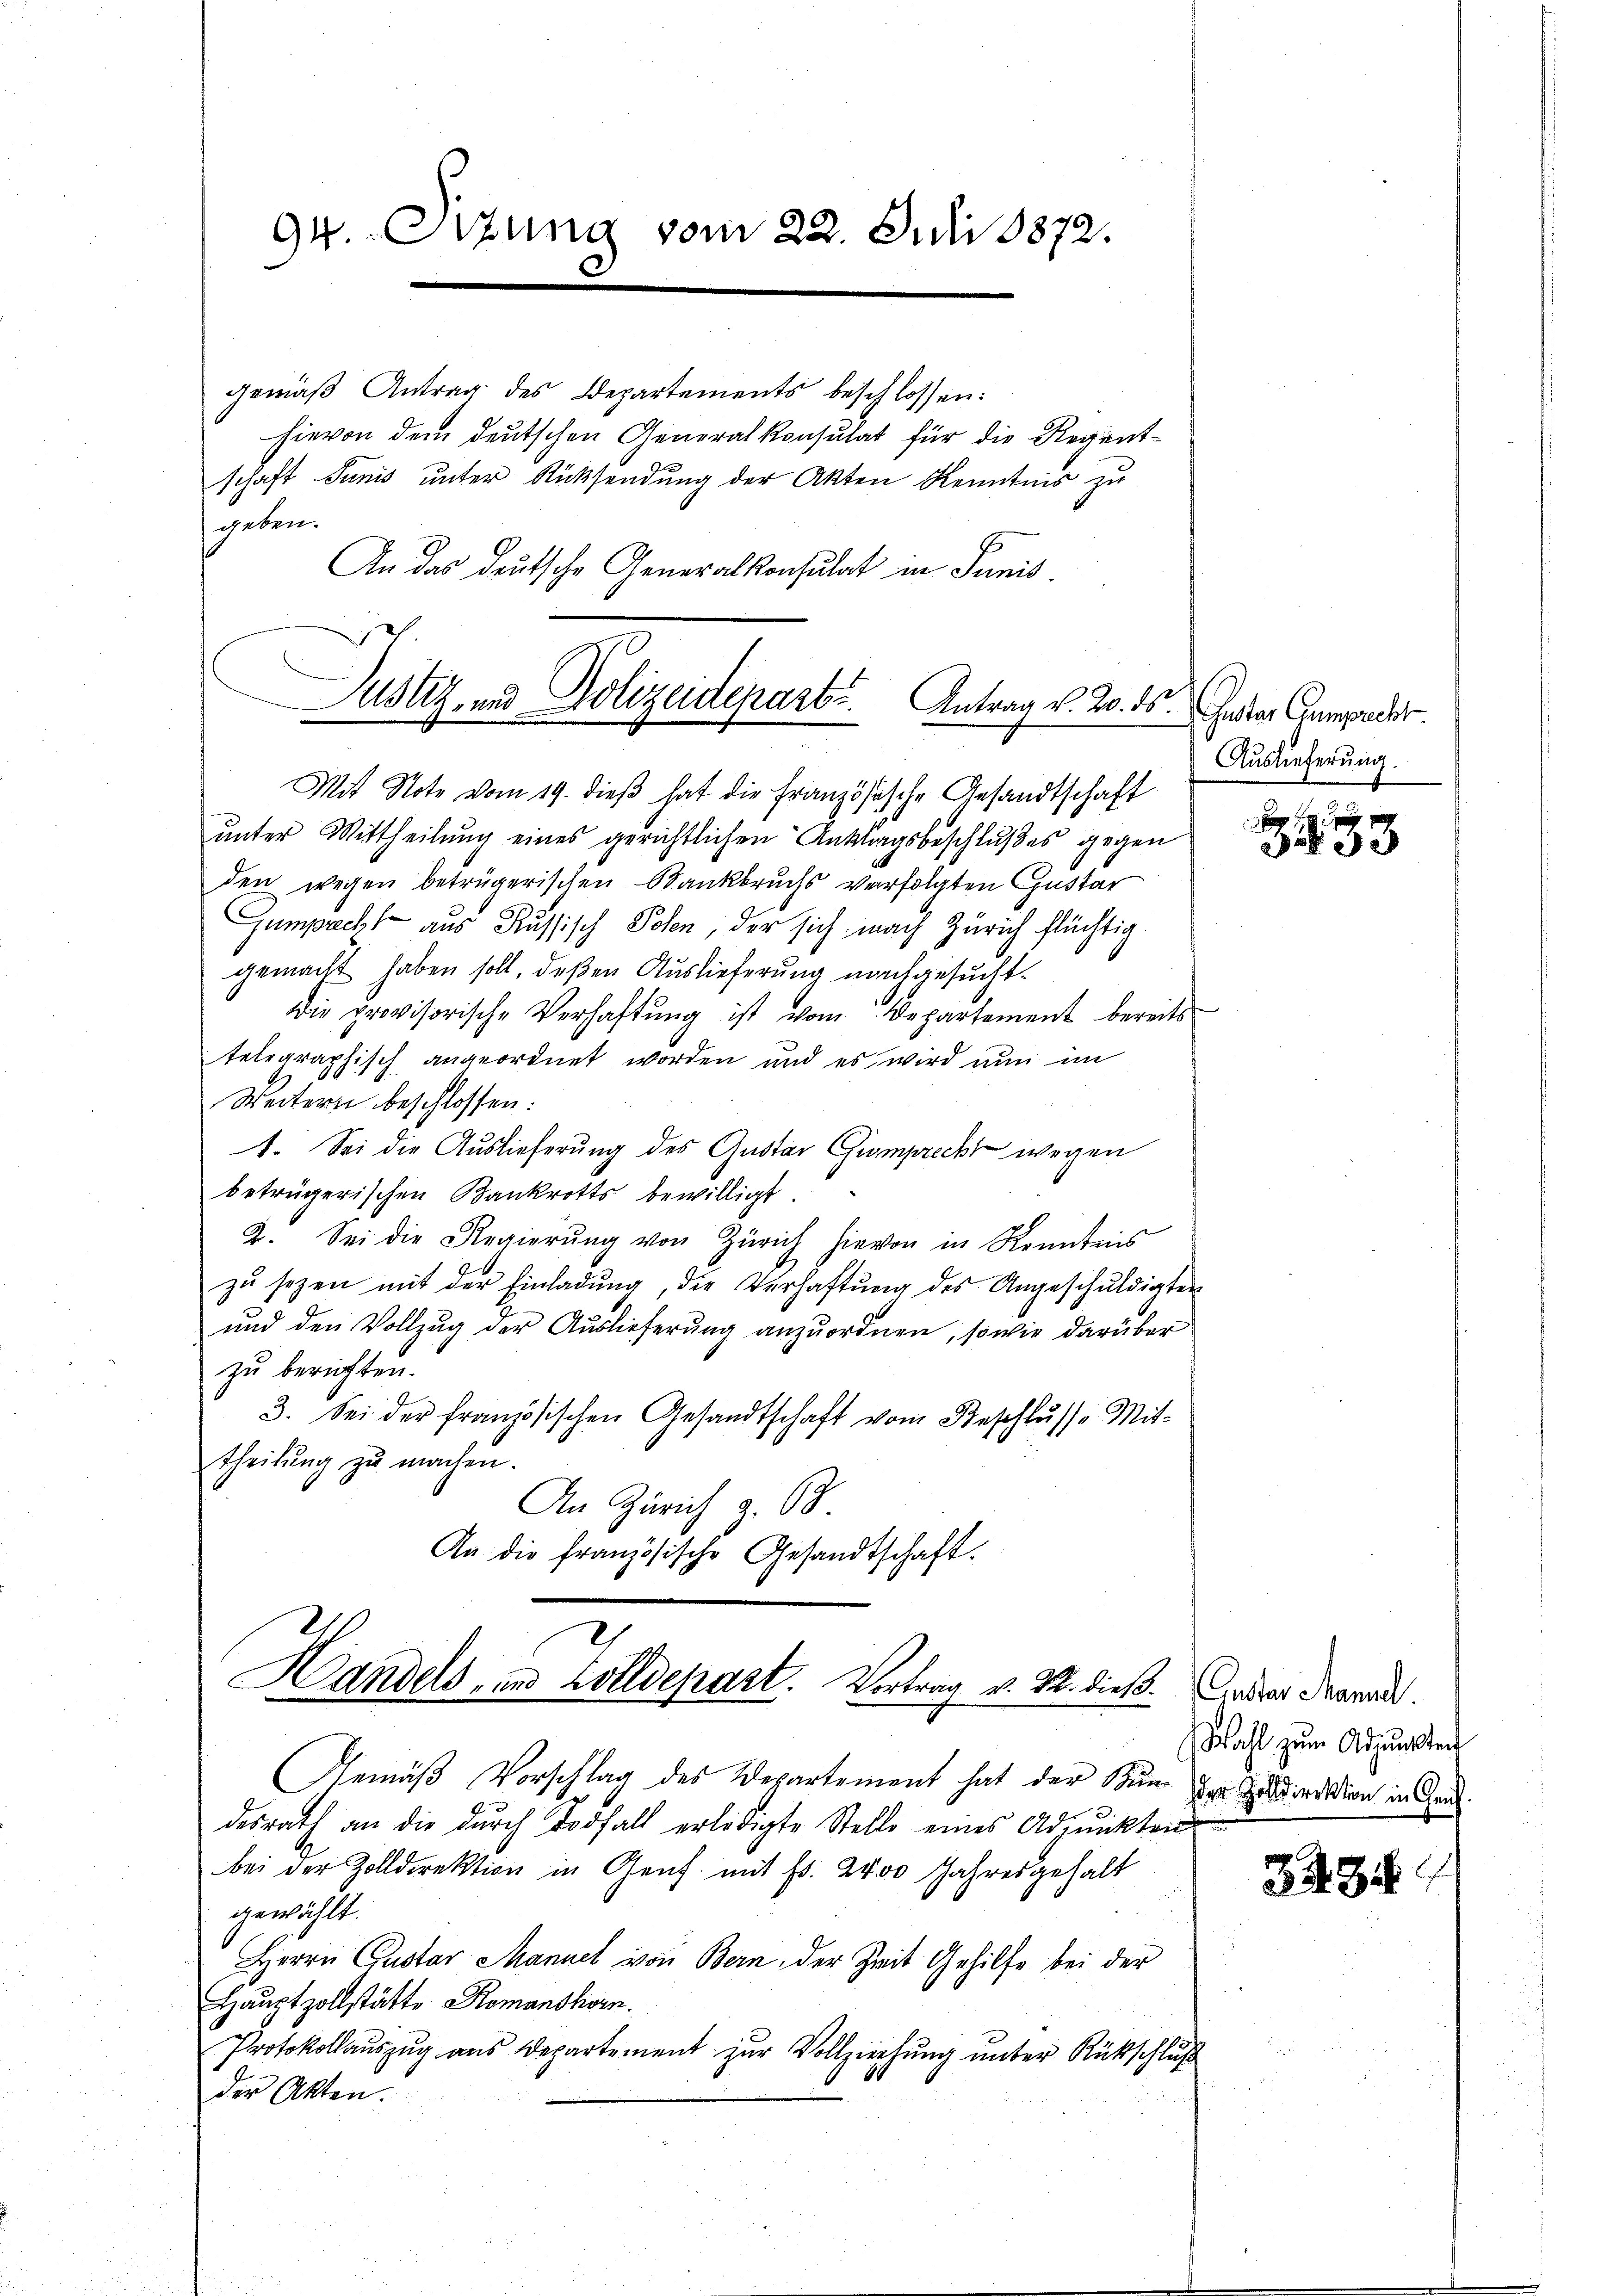
94.Ortung vom 22. Juli 1872.
.

gemäß Antrag des Departements beschlossen:
hievon dem deutschen Generalkonsulat für die Regentschaft Tunis unter Rücksendung der Akten Kenntnis zu
geben.
An das deutsche Generalkonsulat in Junis.
Mit Note vom 19. dieß hat die Französische Gesandtschaft
unter Mittheilung eines gerichtlichen Antagsbeschlußes gegen
den wegen betrügerischen Bankbruchs verfolgten Gustar
Gumpacht aus Russisch Polen, der sich nach Zürich flüchtig
gemacht haben soll, deßen Auslieferung nachgesucht.
Die provisorische Verhaftŭng ist vom Departement bereits
telegraphisch angeordnet worden und es wird nun im
Weitern beschlossen:
1. Sei die Auslieferung des Gustar Gromprecht wegen
betrügerischen Bankrotts bewilligt.
2. Sei die Regierŭng von Zürich hievon in Kenntnis
zŭ sezen mit der Einladŭng, die Verhaftŭng des Angeschuldigten
und den Vollzug der Auslieferung anzuordnen, sowie darüber
zu berichten.
3. Sei der französischen Gesandtschaft vom Beschlusse Mit-
theilŭng zŭ machen.
An Zürich z. 68.
An die französische Gesandtschaft.
Handels- und Zolldepart. Vortrag v. M. dieß. Ander daran.
Gemäß Vorschlag des Departement hat der Kunz der Indivision in Grad
desrath an die dŭrch Torfall erledigte Stelle eines Adjunkten
bei der Zolldirektion in Genf mit Fr. 200 Jahresgehalt
gewählt.
Herrn Gustar Manuel von Bern, der Zeit Gehilfe bei der
Hauptzollstätte Romanshorn.
Protokollauszug aus Departement zŭr Vollziehŭng ŭnter Rückschluß
der Akten.

Justiz- und Polizeidepart. Antrag v. 2. ds.

Gustar Gumprecht
Auslieferung.

2233

Wahl zum Adjunkten

3235.